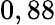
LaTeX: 0,88